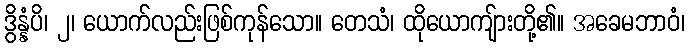
ဒွိန္နံပိ၊ ၂၊ ယောက်လည်းဖြစ်ကုန်သော။ တေသံ၊ ထိုယောကျ်ားတို့၏။ အခေမဘာဝံ၊